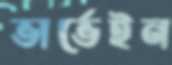
ভার্ভেইন